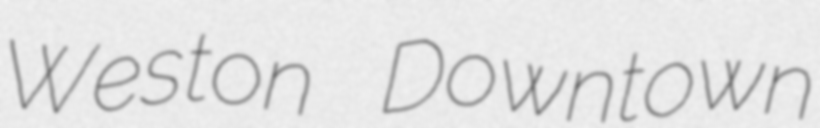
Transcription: Weston Downtown